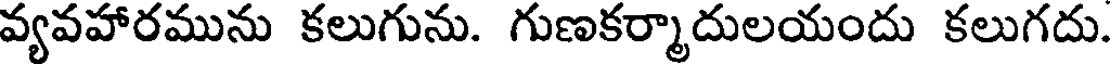
వ్యవహారమును కలుగును. గుణకర్మాదులయందు కలుగదు.